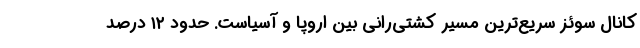
کانال سوئز سریع‌ترین مسیر کشتی‌رانی بین اروپا و آسیا‌ست. حدود ۱۲ درصد